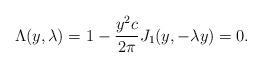
LaTeX: \begin{align*}\Lambda(y,\lambda) = 1- \frac{y^2 c}{2\pi } J_1(y,-\lambda y)=0.\end{align*}